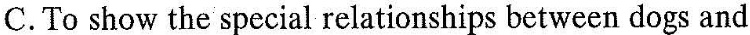
C.To show the special relationships between dogs and